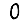
Digit: 0